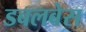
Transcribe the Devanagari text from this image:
डबलबेस